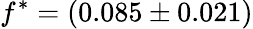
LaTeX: f^{\ast}=(0.085\pm 0.021)